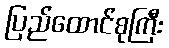
ပြည်ထောင်စုကြီး